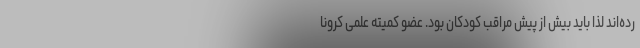
رده‌اند لذا باید بیش از پیش مراقب کودکان بود. عضو کمیته علمی کرونا